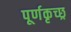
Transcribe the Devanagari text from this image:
पूर्णकृच्छ्र